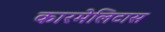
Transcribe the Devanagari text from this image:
कारमेलिटास